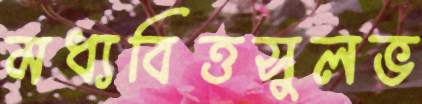
মধ্যবিত্তসুলভ